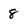
Character: 8